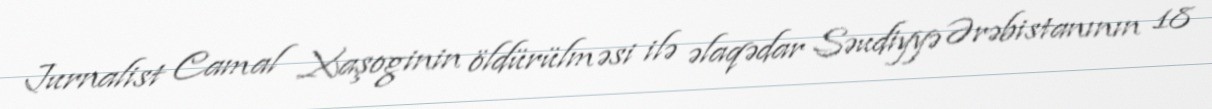
Jurnalist Camal Xaşoginin öldürülməsi ilə əlaqədar Səudiyyə Ərəbistanının 18